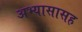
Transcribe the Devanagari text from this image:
अभ्यासासह